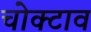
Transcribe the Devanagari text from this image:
चोक्टाव